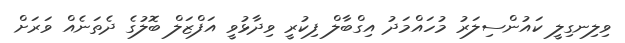
ވިލިނގިލީ ކައުންސިލަރު މުހައްމަދު އިގްބާލް ފިކުރީ ވިދާޅުވީ އަފްޒަލް ބޮލުގެ ދެތަނެއް ވަރަށް